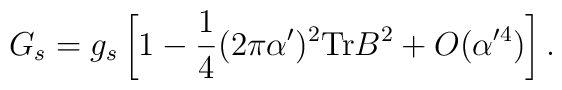
G_s= g_s \left[1 -\frac{1}{4} (2 \pi \alpha')^2{\rm Tr} B^2 + O(\alpha'^4)\right].